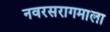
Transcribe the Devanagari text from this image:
नवरसरागमाला